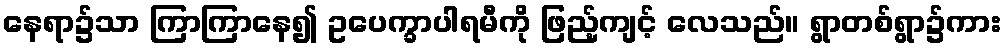
နေရာ၌သာ ကြာကြာနေ၍ ဥပေက္ခာပါရမီကို ဖြည့်ကျင့် လေသည်။ ရွာတစ်ရွာ၌ကား